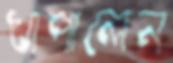
খাপালেন